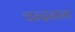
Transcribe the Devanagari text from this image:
चन्दनानां